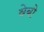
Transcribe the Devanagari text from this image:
वेबो